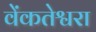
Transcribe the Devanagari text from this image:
वेंकतेश्वरा